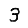
Digit: 3